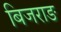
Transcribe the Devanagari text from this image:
बिजराङ